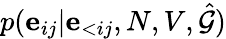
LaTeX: p(\mathbf{e}_{ij}|\mathbf{e}_{<ij},N,V,\hat{\mathcal{G}})